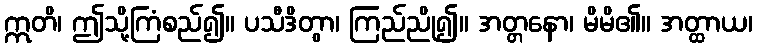
ဣတိ၊ ဤသို့ကြံစည်၍။ ပသီဒိတွာ၊ ကြည်ညို၍။ အတ္တနော၊ မိမိ၏။ အတ္ထာယ၊